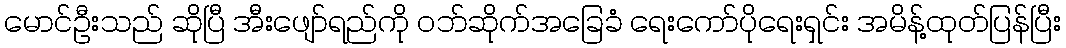
မောင်ဦးသည် ဆိုပြီ အီးဖျော်ရည်ကို ဝဘ်ဆိုက်အခြေခံ ရေးကော်ပိုရေးရှင်း အမိန့်ထုတ်ပြန်ပြီး